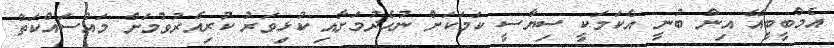
އެމްބީބީއޭ އިން ބުނީ އެކަމަކީ ސިޔާސީ ކަމަކަށް ނުހެދުމަށާއި ކުޅިވަރު ކުރިއެރުވުމަށް މައްސައްކަތް